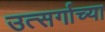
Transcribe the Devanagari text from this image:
उत्सर्गाच्या